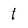
Character: 1